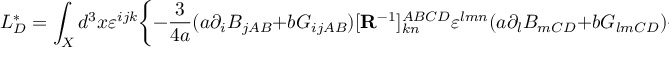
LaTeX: L _ { D } ^ { \ast } = \int _ { X } d ^ { 3 } x \varepsilon ^ { i j k } \bigg \{ - { \frac { 3 } { 4 a } } ( a \partial _ { i } B _ { j A B } + b G _ { i j A B } ) [ { \bf R } ^ { - 1 } ] _ { k n } ^ { A B C D } \varepsilon ^ { l m n } ( a \partial _ { l } B _ { m C D } + b G _ { l m C D } ) + c \alpha _ { i } ^ { A B } G _ { j k A B } \bigg \} ,